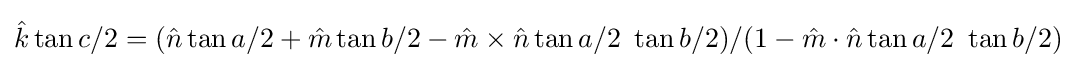
{\hat {k}}\tan c/2=({\hat {n}}\tan a/2+{\hat {m}}\tan b/2-{\hat {m}}\times {\hat {n}}\tan a/2~\tan b/2)/(1-{\hat {m}}\cdot {\hat {n}}\tan a/2~\tan b/2)